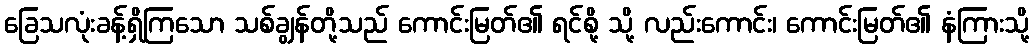
ခြေသလုံးခန့်ရှိကြသော သစ်ချွန်တို့သည် ကောင်းမြတ်၏ ရင်စို့ သို့ လည်းကောင်း၊ ကောင်းမြတ်၏ နံကြားသို့